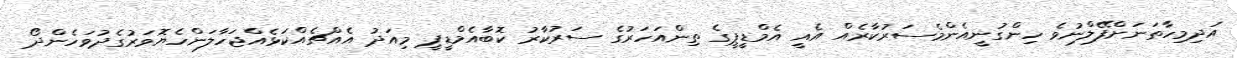
އަދިމިހާތަނަށްފޭލްނުވެ ހިންގުނީއެންމެސަރުކާރެއް އެއީ އެމްޑީޕީގެ ތިންއަހަރުގެ ސަރުކާރު ކޮބާއެމްޑީޕީ މިއަދު އެއްޗެއްކަޅެއްޖަހާލަންހެޔޮވަރުގެދުވަހެންދޯ